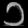
Digit: ၁